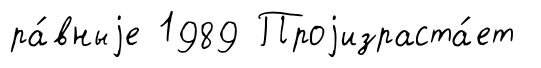
ра́вныjе 1989 Проjизраста́ет